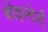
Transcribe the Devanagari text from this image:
बोइल्देर्स्